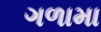
ગળામા